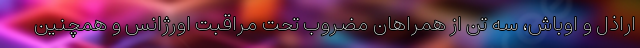
اراذل و اوباش، سه تن از همراهان مضروب تحت مراقبت اورژانس و همچنین